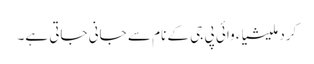
کرد ملیشیاء وائی پی جی کے نام سے جانی جاتی ہے۔